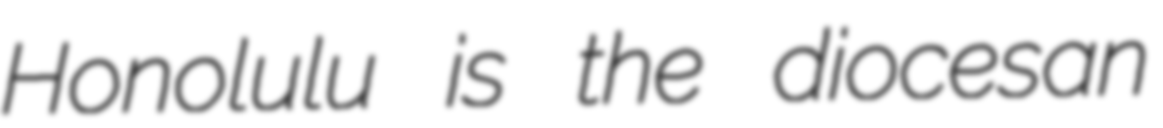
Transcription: Honolulu is the diocesan